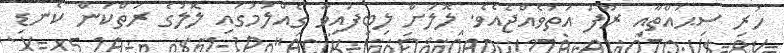
ހުރި ސިޙައްތާއި ރޫފަ އަތުވެއްޖެއެވެ. ލޮލަށް ލިބިފައިވާ ގެއްލުމުގައި ލޮލުގެ ރަތްކަން ކެނޑި